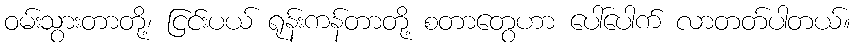
ဝမ်းသွားတာတို့၊ ငြင်းပယ် ရုန်းကန်တာတို့ စတာတွေဟာ ပေါ်ပေါက် လာတတ်ပါတယ်။